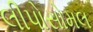
લીપોસોમલ